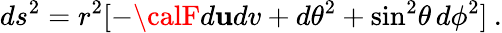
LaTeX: ds^{2}=r^{2}[-{\calF}d\mathbf{u}dv+d\theta^{2}+\sin^{2}\! \theta\, d\phi^{2}]\: .